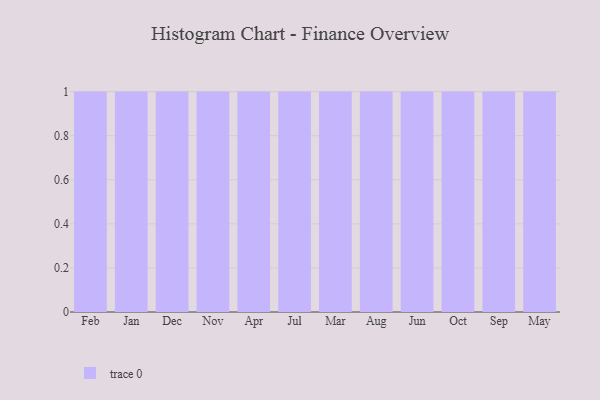
{"axis": {"x": "Month", "y": "Gross Profit (USD K)"}, "legend": [""], "data": [{"x": "Feb", "y": 50, "type": ""}, {"x": "Jan", "y": 84, "type": ""}, {"x": "Dec", "y": 77, "type": ""}, {"x": "Nov", "y": 4, "type": ""}, {"x": "Apr", "y": 59, "type": ""}, {"x": "Jul", "y": 9, "type": ""}, {"x": "Mar", "y": 57, "type": ""}, {"x": "Aug", "y": 87, "type": ""}, {"x": "Jun", "y": 15, "type": ""}, {"x": "Oct", "y": 38, "type": ""}, {"x": "Sep", "y": 3, "type": ""}, {"x": "May", "y": 57, "type": ""}]}